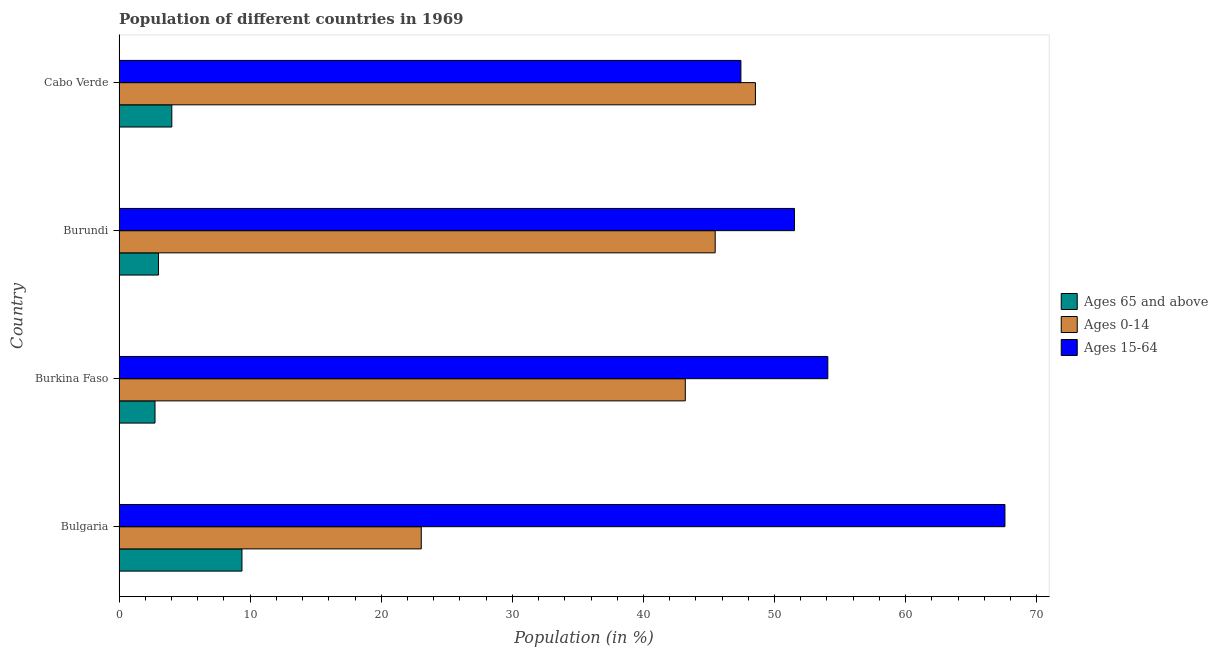
| Country | Ages 65 and above | Ages 0-14 | Ages 15-64 |
 | --- | --- | --- | --- |
 | Bulgaria | 9.37 | 23.1 | 67.6 |
 | Burkina Faso | 2.74 | 43.2 | 54.1 |
 | Burundi | 3.01 | 45.5 | 51.5 |
 | Cabo Verde | 4.02 | 48.5 | 47.4 |